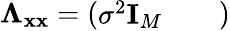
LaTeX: \boldsymbol{\Lambda}_{\mathbf{x}\mathbf{x}}=\left(\begin{array}{lll}{\sigma^{2}\textbf{I}_{M}}&{}&{}\end{array}\right)